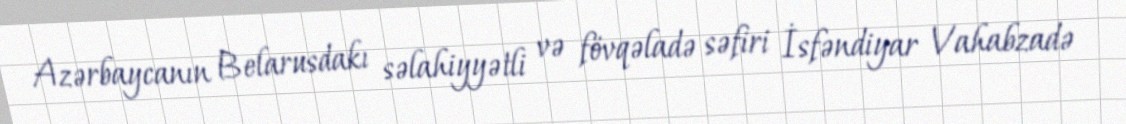
Azərbaycanın Belarusdakı səlahiyyətli və fövqəladə səfiri İsfəndiyar Vahabzadə